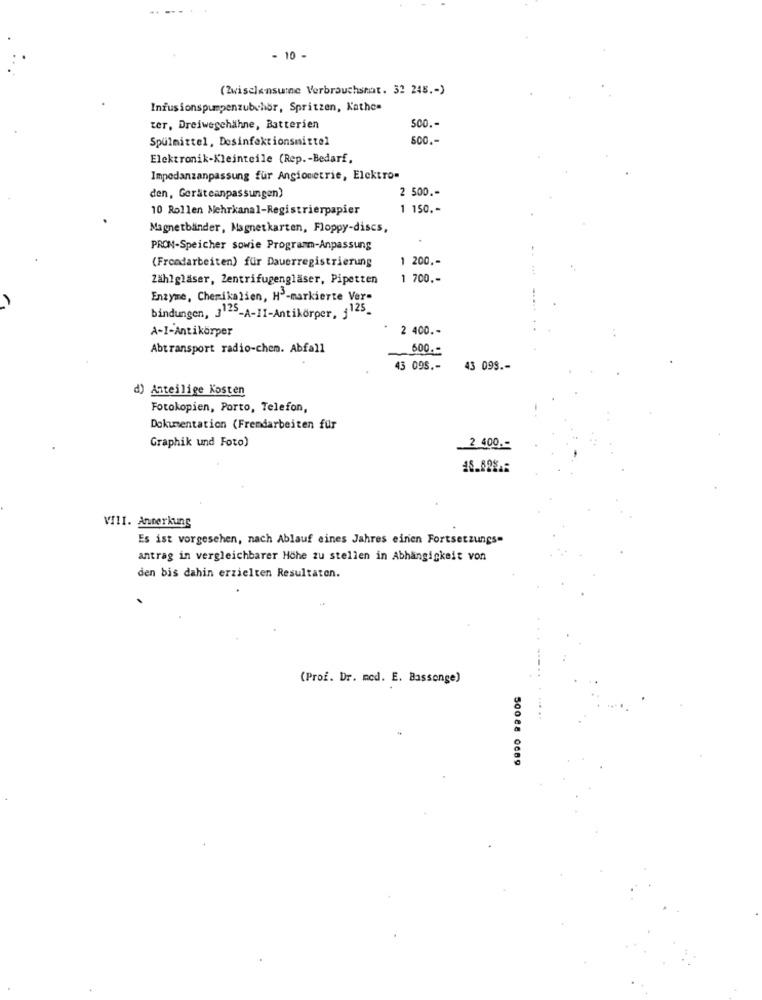
10 -
(Zwischensumme Verbrauchshat. 32 248 .- )
Infusionspumpenzubchor, Spritzen, Kathen
S00 .-
ter, Dreiwegehähne, Batterien
Spülmittel, Desinfektionsmittel
500 ,-
Elektronik-Kleinteile (Rep .- Bedarf,
Impedanzanpassung für Angionetrie, Elektro=
2 500 .-
den, Geräteanpassungen)
10 Rollen Mehrkanal-Registrierpapier
1 150 .-
Magnetbänder, Magnetkarten, Floppy-discs,
PRON-Speicher sowie Programm-Anpassung
(Freedarbeiten) für Dauerregistrierung
1 200 .-
Zählgläser, Zentrifugengläser, Pipetten
1 700 ,-
Enzyme, Chemikalien, H3-markierte Ver-
bindungen, 3125-A-II-Antikörper, j125-
A-I-Antikörper
2 400 .-
Abtransport radio-chen. Abfall
600 .-
43 09S .-
43 099 .-
d) Anteilige Kosten
Fotokopien, Porto, Telefon,
Dokumentation (Fremdarbeiten für
2 400 .-
Graphik und Foto)
VIII. Anmerkung
Es ist vorgesehen, nach Ablauf eines Jahres einen Fortsetzungs=
antrag in vergleichbarer Höhe zu stellen in Abhängigkeit von
den bis dahin erzielten Resultaten.
(Prof. Dr. med. E. Bassenge)
50088 0089